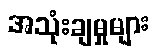
အသုံးချမှုများ